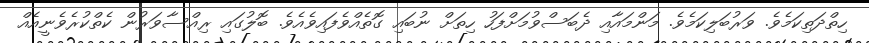
ހިތްދަތިކަމެވެ. ވަރުބަލިކަމެވެ. މަންމައާއި ދެބަސްވުމަށްފަހު ހިތަށް ނުބައި ގޮތެއްވެފައިވެއެވެ. ބޮލުގައި ރިއްސާވަރުން ކެތްކުރެވެނީއެއް